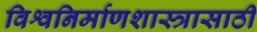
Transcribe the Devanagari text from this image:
विश्वनिर्माणशास्त्रासाठी